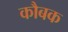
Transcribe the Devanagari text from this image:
कौबक